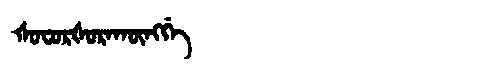
Manchu: ᡧᠣᠸᠣᡵᡧᠣᡵᠠᡴᡡᠩᡤᡝ
Romanization: ŠOFORŠORAKŪNGGE